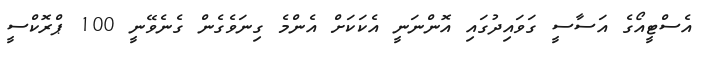
އެސްޓީއޯގެ އަސާސީ ގަވައިދުގައި އޮންނަނީ އެކަކަށް އެންމެ ގިނަވެގެން ގެނެވޭނީ 100 ޕްރޮކްސީ